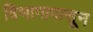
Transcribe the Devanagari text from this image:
विभागापासून